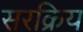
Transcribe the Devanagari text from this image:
सरक्रिय